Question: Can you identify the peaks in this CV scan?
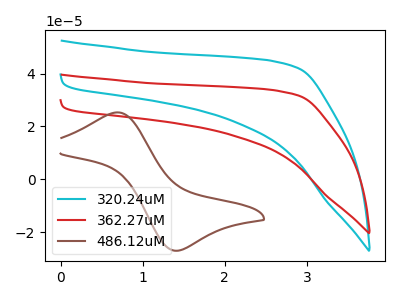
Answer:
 <answer>The cyan curve "320.24uM" has no peaks. The red curve "362.27uM" has no peaks. The brown curve "486.12uM" has an anodic peak at (0.70V, 25.30uA) and a cathodic peak at (1.45V, -27.05uA).</answer>
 <eval></eval>